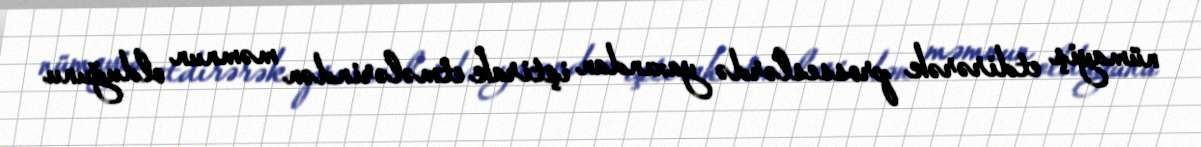
nümayiş etdirərək prosseslərdə yaxından iştirak etmələrindən məmnun olduğunu